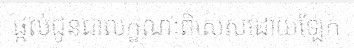
ផ្តល់ជូនជាលក្ខណៈពិសេសដោយឡែក